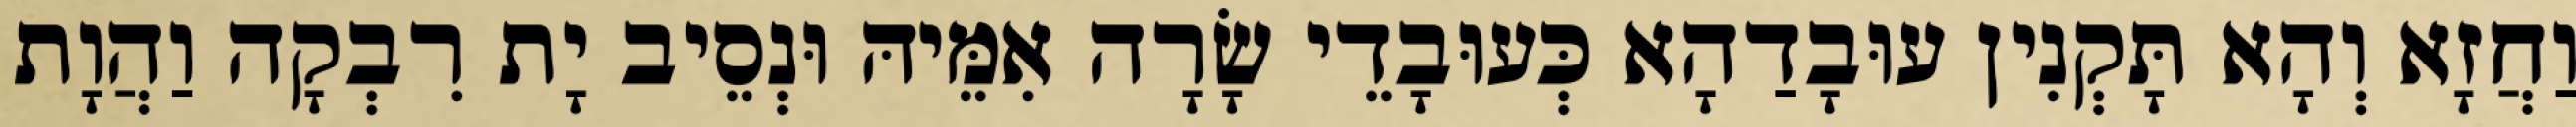
וַחֲזָא וְהָא תָּקְנִין עוּבָדַהָא כְּעוּבָדֵי שָׂרָה אִמֵּיהּ וּנְסֵיב יָת רִבְקָה וַהֲוָת